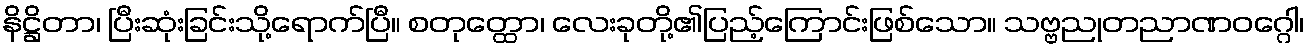
နိဋ္ဌိတာ၊ ပြီးဆုံးခြင်းသို့ရောက်ပြီ။ စတုတ္ထော၊ လေးခုတို့၏ပြည့်ကြောင်းဖြစ်သော။ သဗ္ဗညုတညာဏဝဂ္ဂေါ၊